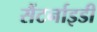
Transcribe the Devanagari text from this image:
सैंटर्नाइडी